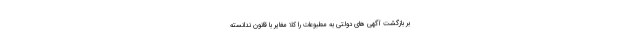
بر بازگشت آگهی های دولتی به مطبوعات را کلا مغایر با قانون ندانسته